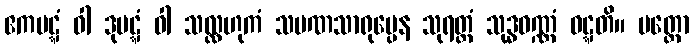
ဧကပဋ္ဋံ ဝါ ဒုပဋ္ဋံ ဝါ သလ္လဟုကံ သမဏသာရုပ္ပေန သုရတ္တံ သုဒ္ဓဝဏ္ဏံ ဝဋ္ဋတိ။ ပတ္တော